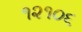
૧૨૧૦૬